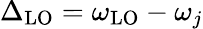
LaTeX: \Delta_{\mathrm{LO}}=\omega_{\mathrm{LO}}-\omega_{j}